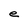
Character: e